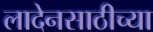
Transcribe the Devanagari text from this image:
लादेनसाठीच्या